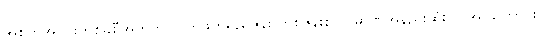
အစိတ်အပိုင်းတစ်ခုစီအတွက် လက်ဖက်ရည်ဇွန်း တစ်ဇွန်းစာ ပမာဏအနည်းဆုံး လိုအပ်ကြောင်း